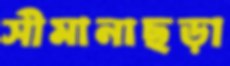
সীমানাছড়া